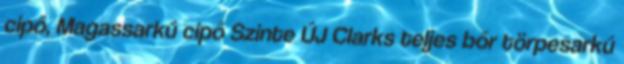
cipő, Magassarkú cipő Szinte ÚJ Clarks teljes bőr törpesarkú